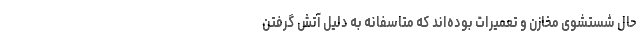
حال شستشوی مخازن و تعمیرات بوده‌اند که متاسفانه به دلیل آتش گرفتن